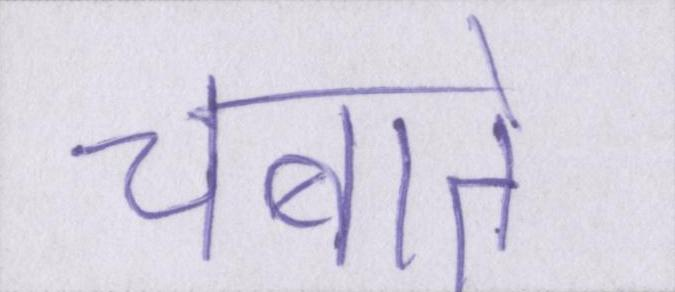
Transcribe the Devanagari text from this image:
चबाते